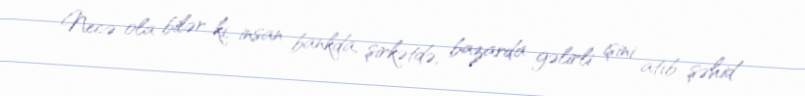
Necə ola bilər ki, insan bankda, şirkətdə, bazarda gəlirli işini atıb şəhid